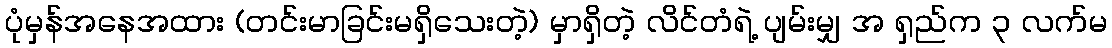
ပုံမှန်အနေအထား (တင်းမာခြင်းမရှိသေးတဲ့) မှာရှိတဲ့ လိင်တံရဲ့ ပျမ်းမျှ အ ရှည်က ၃ လက်မ